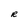
Character: R